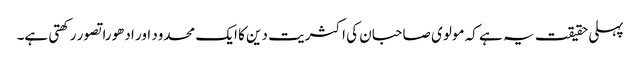
پہلی حقیقت یہ ہے کہ مولوی صاحبان کی اکثریت دین کا ایک محدود اور ادھورا تصور رکھتی ہے۔